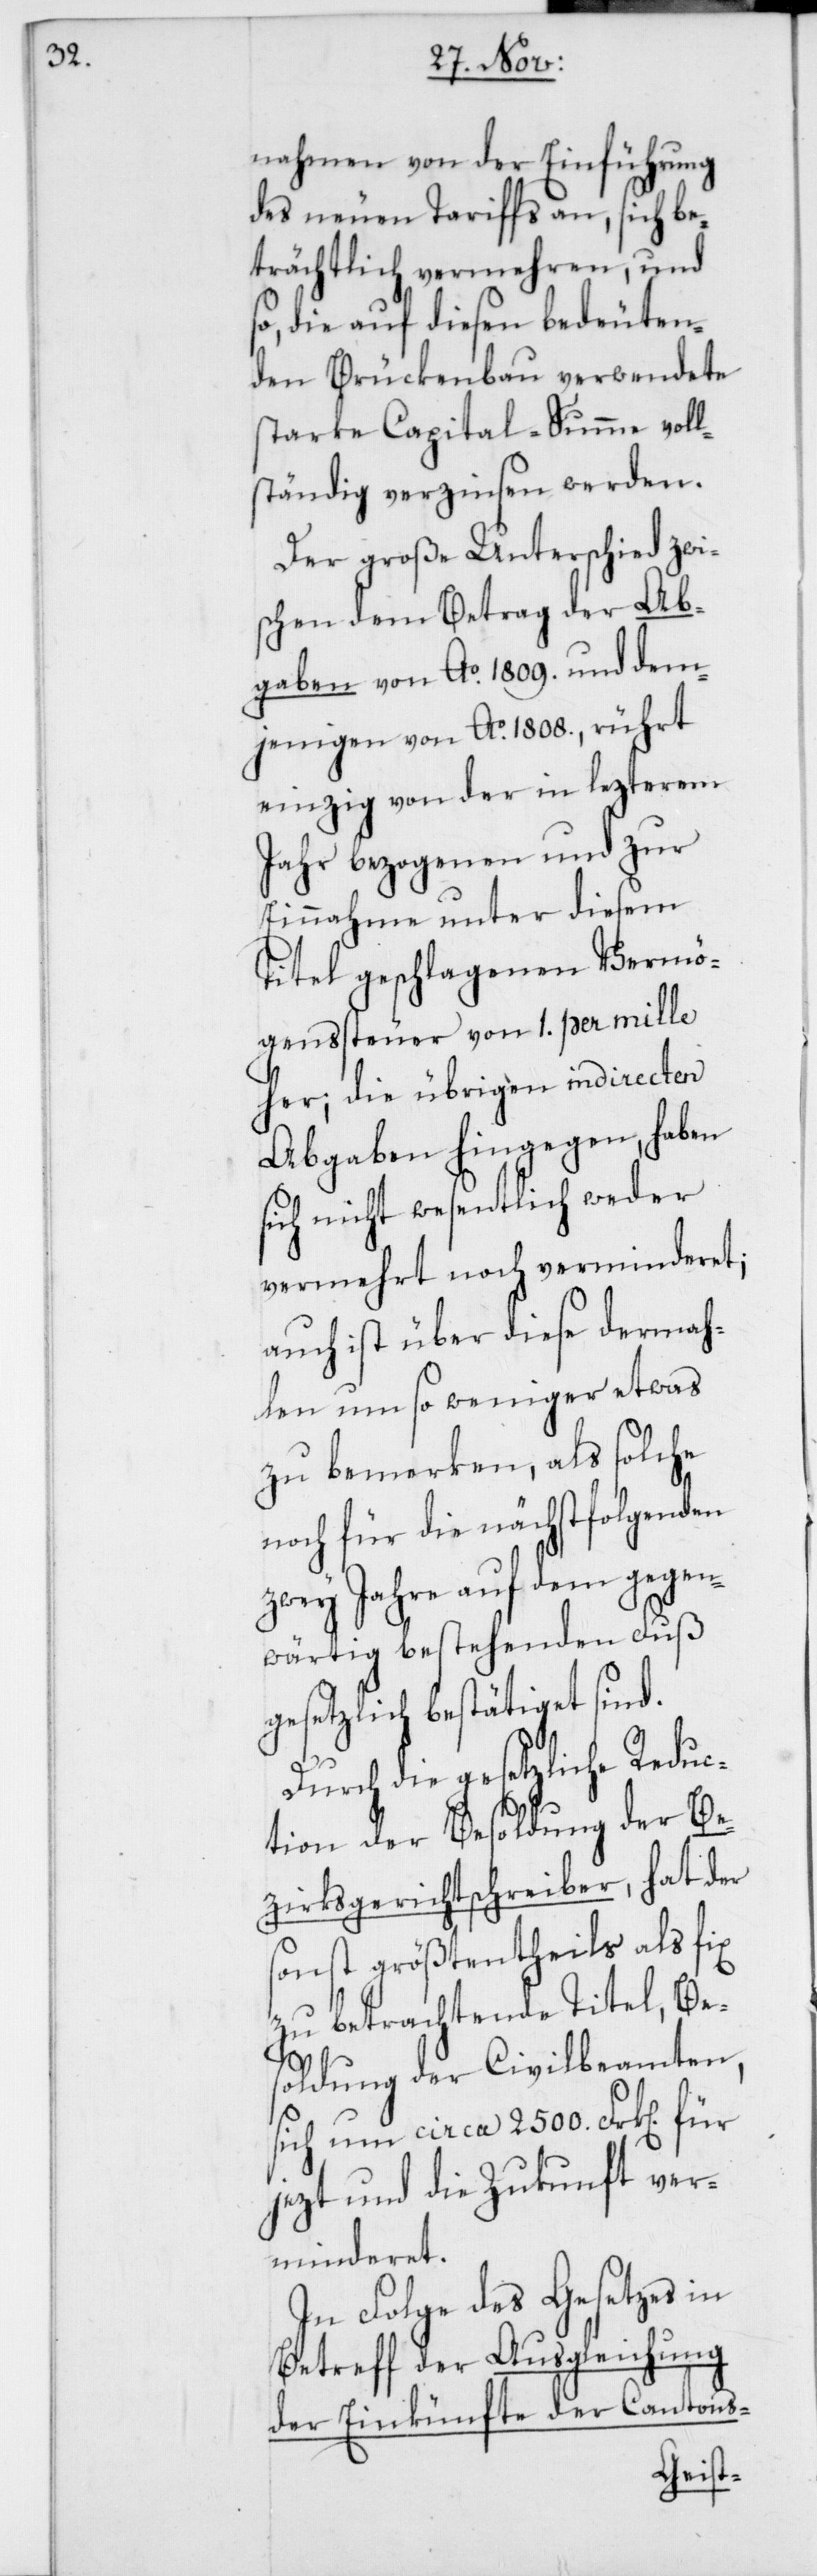
nahmen von der Einführung
des neuen Tariffs an, sich be¬
trächtlich vermehren, und
so die auf diesen bedeuten¬
den Brückenbau verwendete
starke Capital-Summe voll¬
ständig verzinsen werden.
Der große Unterschied zwi¬
schen dem Betrag der Ab¬
gaben von Ao. 1809. und dem¬
jenigen von Ao. 1808., rührt
einzig von der in lezterem
Jahr bezogenen und zur
Einnahme unter diesem
Titel geschlagenen Vermö¬
genssteuer von 1. per mille
her; die übrigen indirecten
Abgaben hingegen, haben
sich nicht wesentlich weder
vermehrt noch verminderet;
auch ist über diese dermah¬
len um so weniger etwas
zu bemerken, als solche
noch für die nächstfolgenden
zwey Jahre auf dem gegen¬
wärtig bestehenden Fuß
gesetzlich bestätiget sind.
s¬
Durch die gesetzliche Reduc¬
tion der Besoldung der Be¬
zirksgerichtschreiber, hat der
onst größtentheils als fix
zu betrachtende Titel, Be¬
soldung der Civilbeamten,
sich um circa 2500. Frk. für
jezt und die Zukunft ver¬
minderet.
In Folge des Gesetzes in
Betreff der Ausgleichung
der Einkünfte der Cantons-